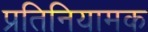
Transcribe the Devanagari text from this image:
प्रतिनियामक